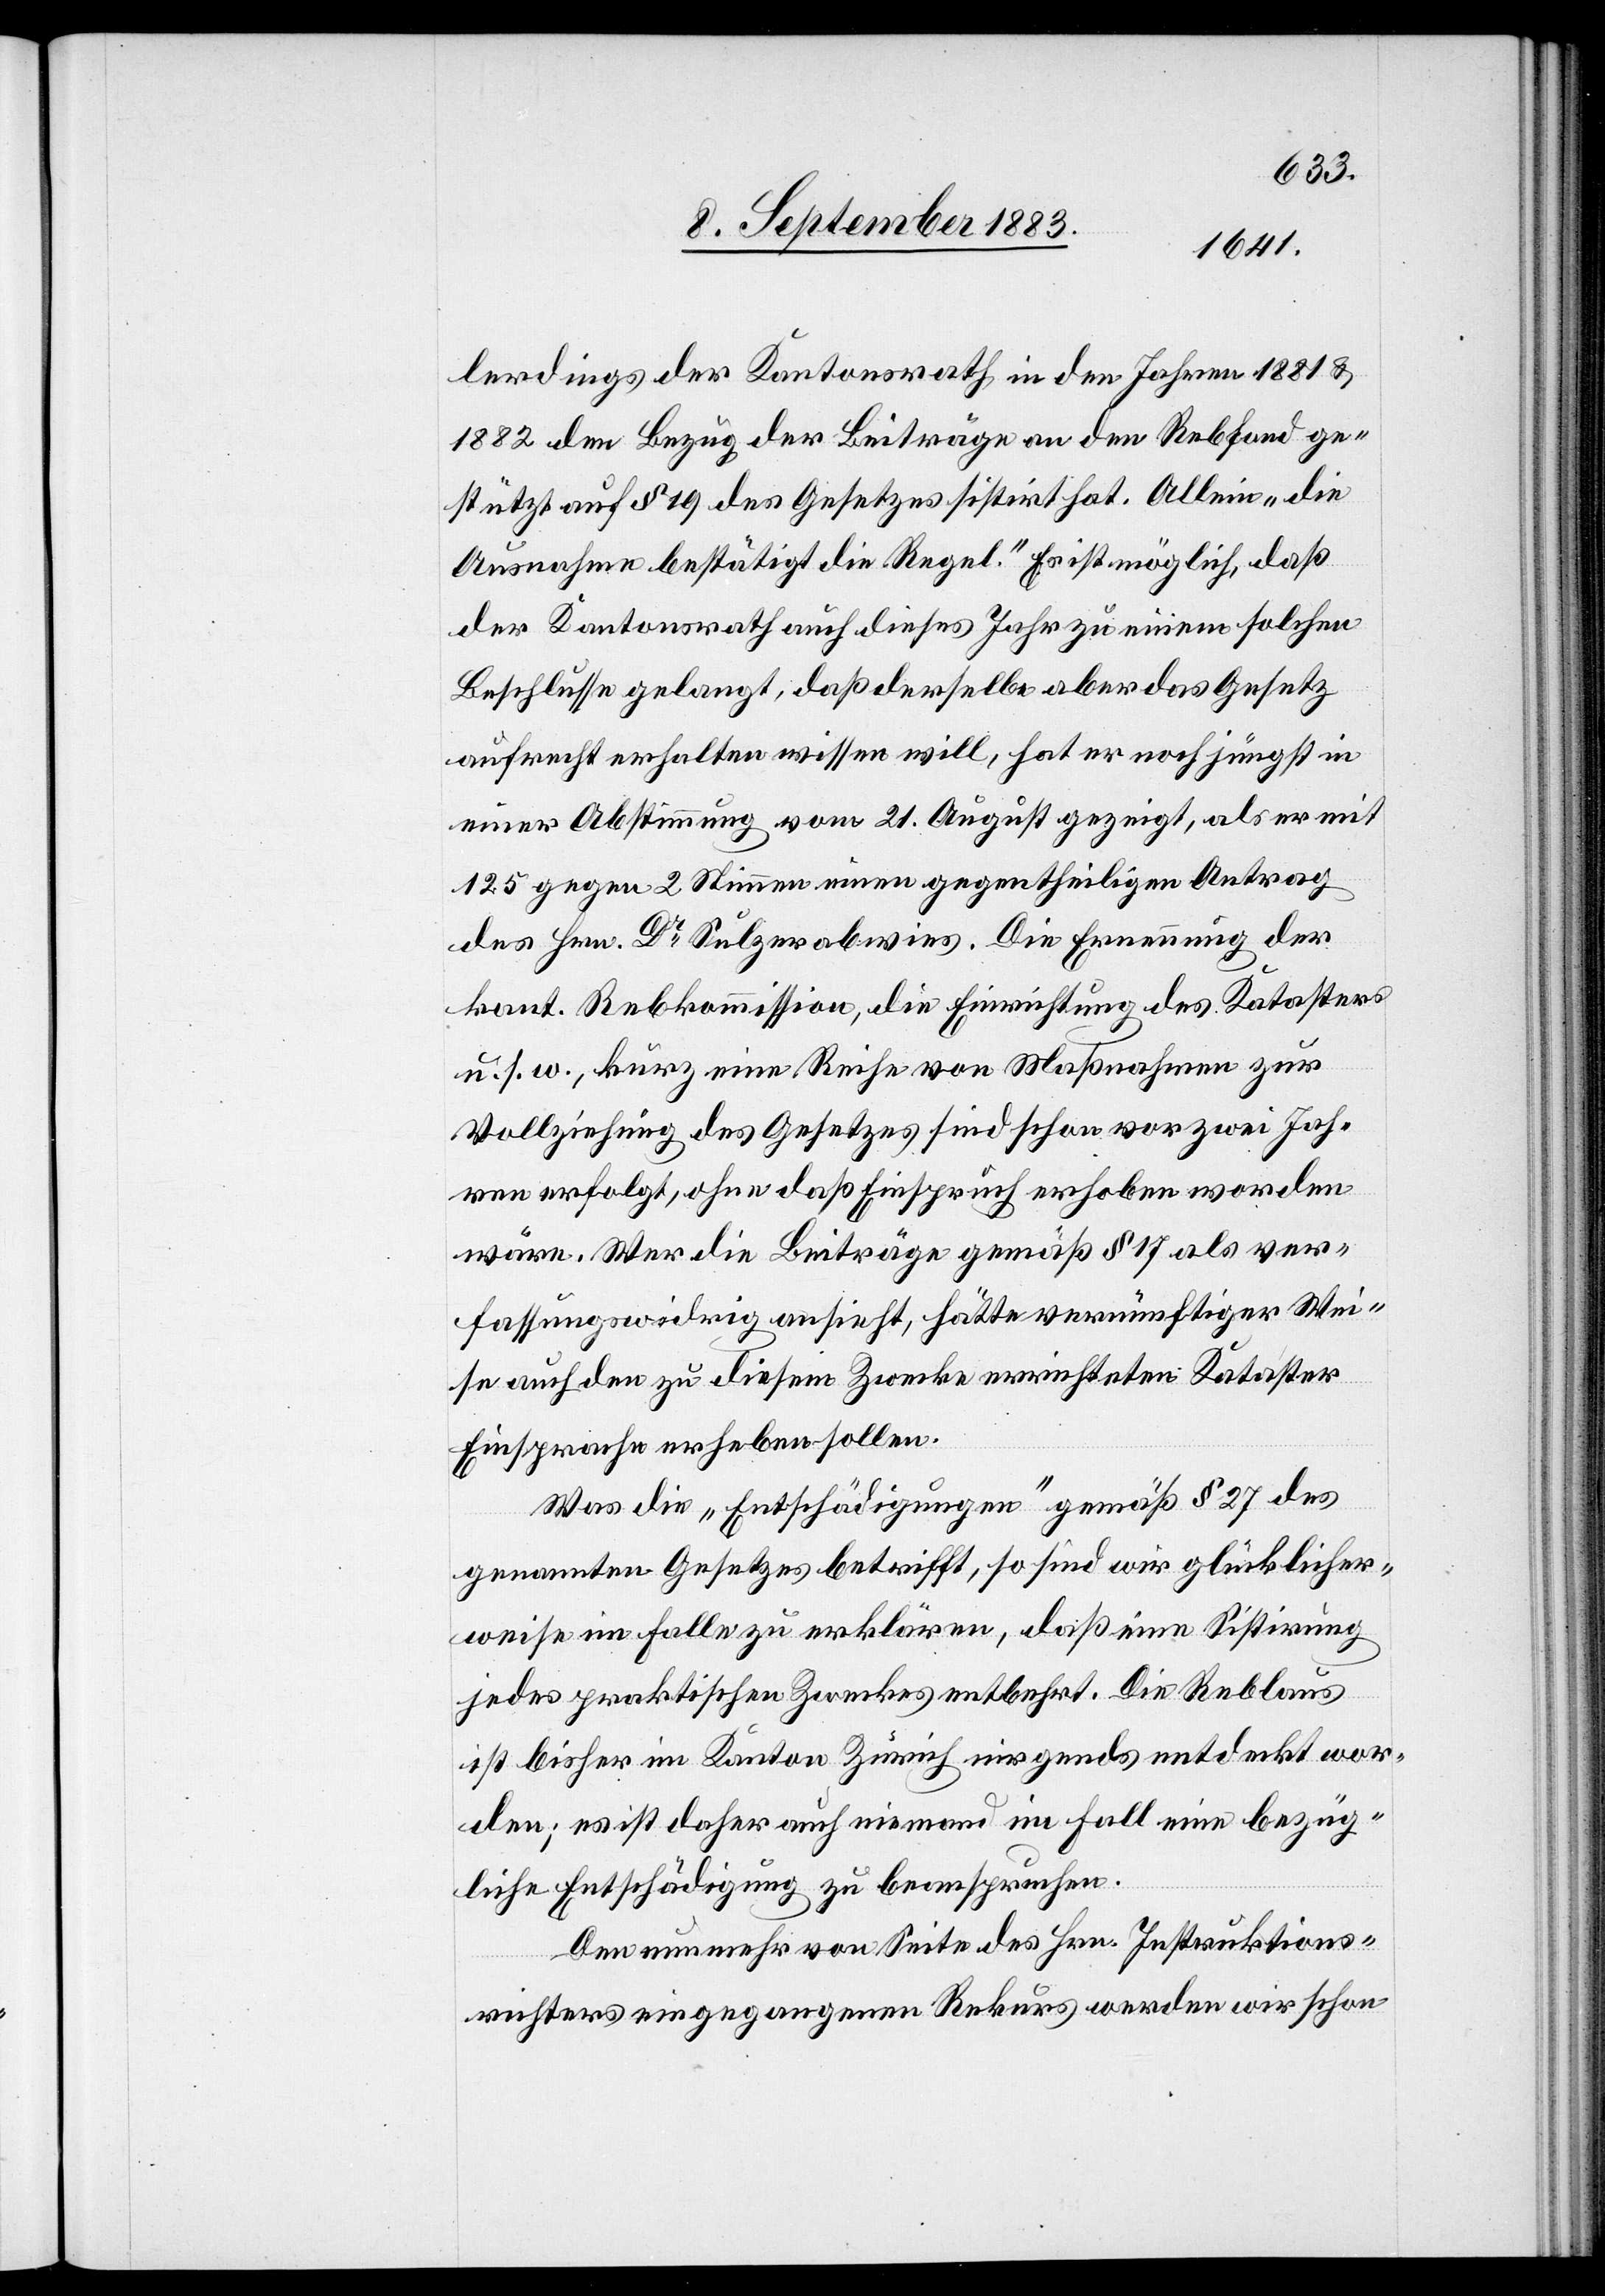
lerdings der Kantonsrath in den Jahren 1881 &
1882 den Bezug der Beiträge an den Rebfond ge¬
stützt auf § 19 des Gesetzes sistirt hat. Allein „die
Ausnahme bestätigt die Regel.“ Es ist möglich, daß
der Kantonsrath auch dieses Jahr zu einem solchen
Beschlusse gelangt, daß derselbe aber das Gesetz
aufrecht erhalten wissen will, hat er noch jüngst in
einer Abstimmung vom 21. August gezeigt, als er mit
125 gegen 2 Stimmen einen gegentheiligen Antrag
des Hrn. Dr Sulzer abwies. Die Ernennung der
kant. Rebkommission, die Einrichtung des Katasters
u. s. w., kurz eine Reihe von Maßnahmen zur
Vollziehung des Gesetzes sind schon vor zwei Jah¬
ren erfolgt, ohne daß Einspruch erhoben worden
wäre. Wer die Beiträge gemäß § 17 als ver¬
fassungswidrig ansieht, hätte vernünftiger Wei¬
se auch [gegen] den zu diesem Zwecke errichteten Kataster
Einsprache erheben sollen.
Was die „Entschädigung“ gemäß § 27 des
genannten Gesetzes betrifft, so sind wir glücklicher¬
weise im Falle zu erklären, daß eine Sistirung
jedes praktischen Zweckes entbehrt. Die Reblaus
ist bisher im Kanton Zürich nirgends entdeckt wor¬
den; es ist daher auch niemand im Fall eine bezüg¬
liche Entschädigung zu beanspruchen.
Den nunmehr von Seite des Hrn. Instruktions¬
richters eingegangenen Rekurs werden wir schon